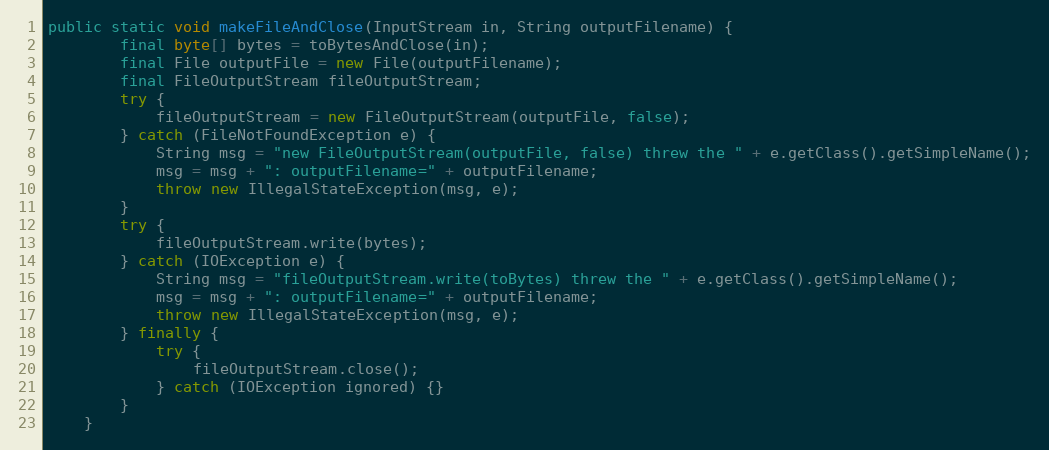
Language: Java
public static void makeFileAndClose(InputStream in, String outputFilename) {
        final byte[] bytes = toBytesAndClose(in);
        final File outputFile = new File(outputFilename);
        final FileOutputStream fileOutputStream;
        try {
            fileOutputStream = new FileOutputStream(outputFile, false);
        } catch (FileNotFoundException e) {
            String msg = "new FileOutputStream(outputFile, false) threw the " + e.getClass().getSimpleName();
            msg = msg + ": outputFilename=" + outputFilename;
            throw new IllegalStateException(msg, e);
        }
        try {
            fileOutputStream.write(bytes);
        } catch (IOException e) {
            String msg = "fileOutputStream.write(toBytes) threw the " + e.getClass().getSimpleName();
            msg = msg + ": outputFilename=" + outputFilename;
            throw new IllegalStateException(msg, e);
        } finally {
            try {
                fileOutputStream.close();
            } catch (IOException ignored) {}
        }
    }